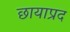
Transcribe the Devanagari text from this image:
छायाप्रद